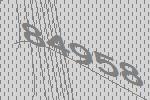
84958